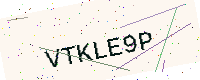
Text: VTKLE9P